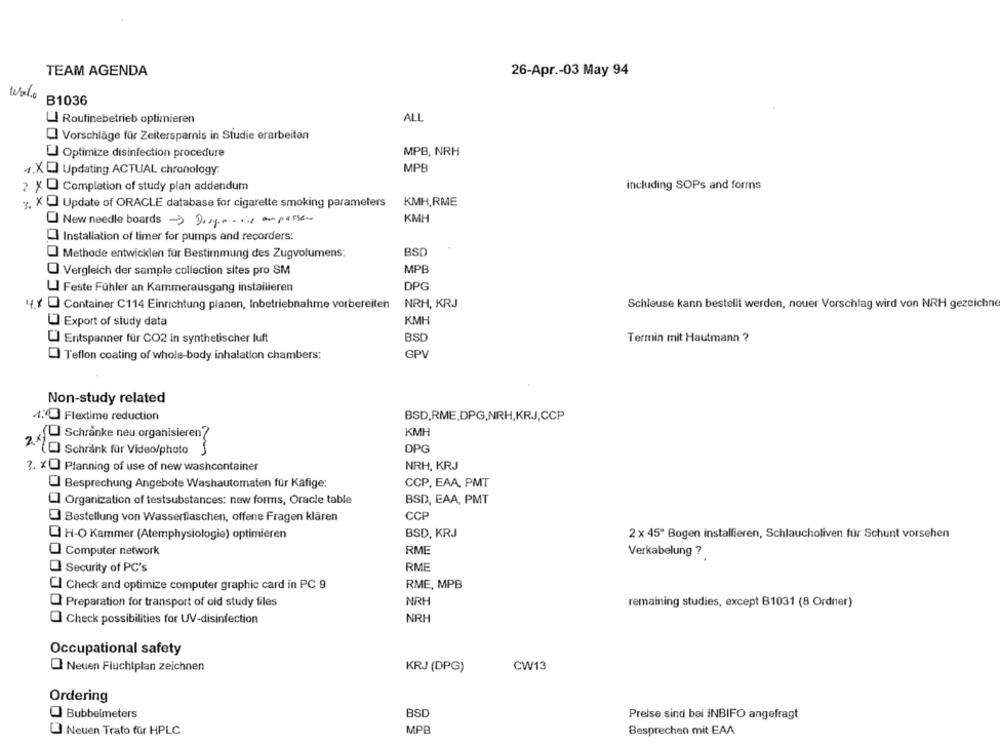
TEAM AGENDA
26-Apr .- 03 May 94
wale
B1036
LI Routinebetrieb optimieren
ALL
Vorschläge für Zeitersparnis in Studie erarbeiten
U Optimize disinfection procedure
MPB, NRH
4.XD Updating ACTUAL chronology.
MPB
including SOPs and forms
2 X O Completion of study plan addendum
KMH,RME
y, X Update of ORACLE database for cigarette smoking parameters
New needle boards >Ding ..... anpassen
KMH
Installation of timer for pumps and recorders:
BSD
Methode entwicklen für Bestimmung des Zugvolumens:
MPB
Vergleich der sample collection sites pro SM
LI Feste Fühler an Kammerausgang installieren
DPG
4 .* Container C114 Einrichtung planen, Inbetriebnahme vorbereiten
NRH, KRJ
Schleuse kann bestellt werden, nouer Vorschlag wird von NRH gezeichne
KMH
Export of study data
Entspanner für CO2 in synthetischer luft
BSO
Termin mit Hautmann ?
Teflon coating of whole-body inhalation chambers;
GPV
Non-study related
4. Flextime reduction
BSD,RME,DPG,NRH,KRJ,CCP
KMH
SU Schranke neu organisieren?
2 X
DPG
]Schrank für Video/photo
3. x Planning of use of new washcontainer
NRH, KRJ
] Besprechung Angebote Washautomaten für Käfige:
CCP, EAA, PMT
BSD, EAA, PMT
"] Organization of testsubstances: new forms, Oracle table
CCP
Bestellung von Wasserflaschen, offene Fragen klären
3 H-O Kammer (Atemphysiologie) optimieren
BSD, KRJ
2 x 45" Bogen installieren, Schlaucholiven für Schunt vorsehen
Computer network
RME
Verkabelung ?
RME
Security of PC's
Cl Check and optimize computer graphic card in PC 9
RME, MPB
Preparation for transport of old study files
NRH
remaining studies, except B1031 (8 Ordner)
NRH
Check possibilities for UV-disinfection
Occupational safety
Neuen Fluchtplan zeichnen
KRJ (DPG)
CW13
Ordering
Bubbelmeters
BSD
Preise sind bei INBIFO angefragt
Neuen Trafo für HPLC
MPB
Besprechen mit EAA